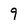
Character: 9